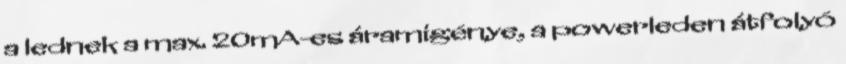
a lednek a max. 20mA-es áramigénye, a powerleden átfolyó